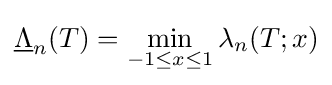
{\underline {\Lambda }}_{n}(T)=\min _{-1\leq x\leq 1}\lambda _{n}(T;x)